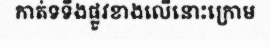
កាត់ទទឹងផ្លូវខាងលើនោះក្រោម